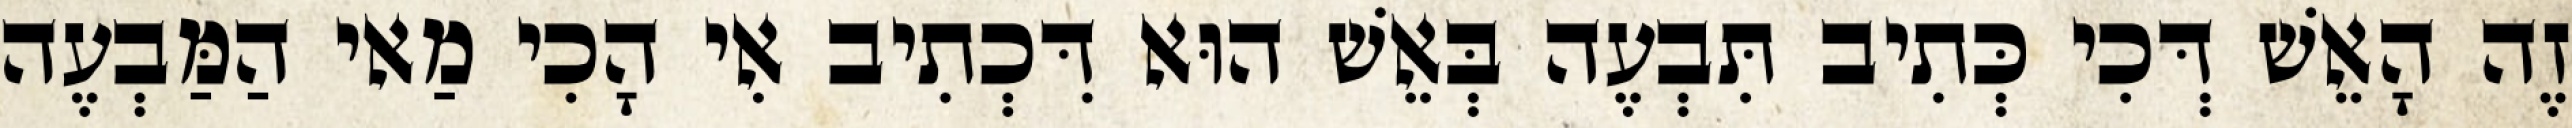
זֶה הָאֵשׁ דְּכִי כְּתִיב תִּבְעֶה בְּאֵשׁ הוּא דִּכְתִיב אִי הָכִי מַאי הַמַּבְעֶה